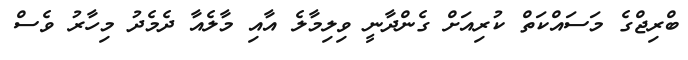
ބްރިޖްގެ މަސައްކަތް ކުރިއަށް ގެންދާނީ ވިލިމާލެ އާއި މާލެއާ ދެމެދު މިހާރު ވެސް